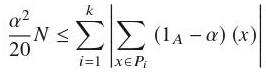
$\frac{\alpha^{2}}{20}N\leq \sum_{i = 1}^{k}\left|\sum_{x\in P_{i}}(1_{A}-\alpha)(x)\right|$